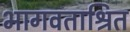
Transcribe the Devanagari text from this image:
भागवताश्रित